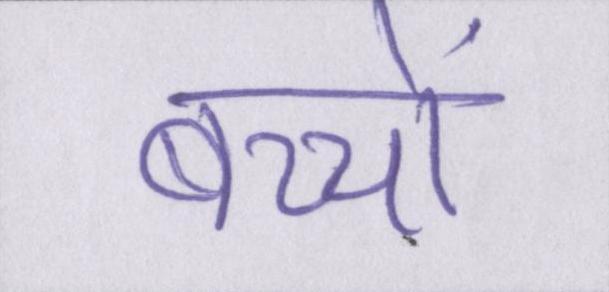
बच्चों